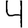
Digit: 4